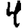
Digit: 4